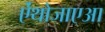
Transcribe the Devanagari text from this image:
ऐंथोजाएआ